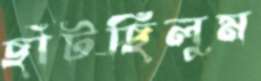
ছাঁটছিলুম